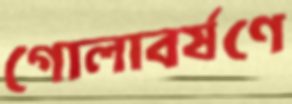
গোলাবর্ষণে